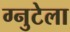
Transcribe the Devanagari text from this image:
ग्नुटेला